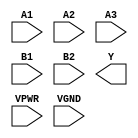
module sky130_fd_sc_hs__a32oi (
    //# {{data|Data Signals}}
    input  A1  ,
    input  A2  ,
    input  A3  ,
    input  B1  ,
    input  B2  ,
    output Y   ,

    //# {{power|Power}}
    input  VPWR,
    input  VGND
);
endmodule